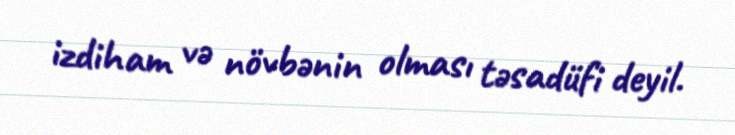
izdiham və növbənin olması təsadüfi deyil.